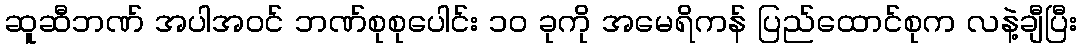
ဆူဆီဘဏ် အပါအဝင် ဘဏ်စုစုပေါင်း ၁၀ ခုကို အမေရိကန် ပြည်ထောင်စုက လနဲ့ချီပြီး